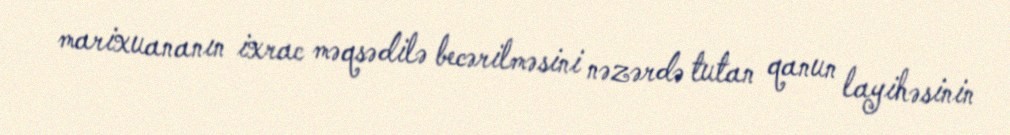
marixuananın ixrac məqsədilə becərilməsini nəzərdə tutan qanun layihəsinin